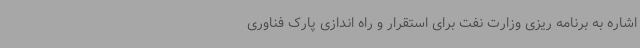
اشاره به برنامه ریزی وزارت نفت برای استقرار و راه اندازی پارک فناوری